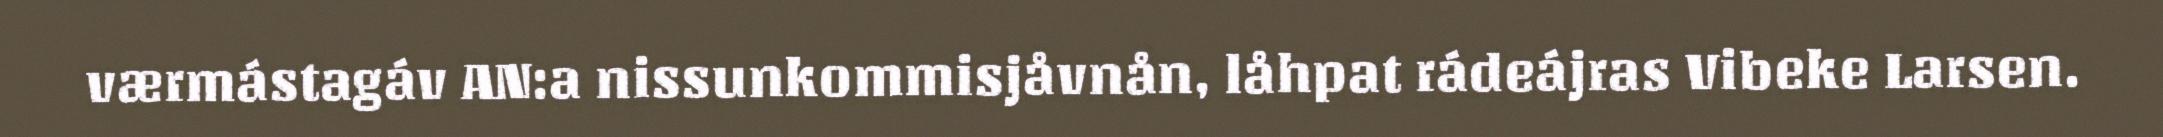
værmástagáv AN:a nissunkommisjåvnån, låhpat rádeájras Vibeke Larsen.